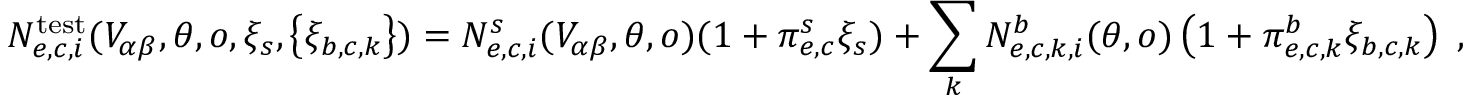
N _ { e , c , i } ^ { \mathrm { t e s t } } ( V _ { \alpha \beta } , \boldsymbol { \theta } , o , \xi _ { s } , \left\{ \xi _ { b , c , k } \right\} ) = N _ { e , c , i } ^ { s } ( V _ { \alpha \beta } , \boldsymbol { \theta } , o ) ( 1 + \pi _ { e , c } ^ { s } \xi _ { s } ) + \sum _ { k } N _ { e , c , k , i } ^ { b } ( \boldsymbol { \theta } , o ) \left( 1 + \pi _ { e , c , k } ^ { b } \xi _ { b , c , k } \right) \; ,